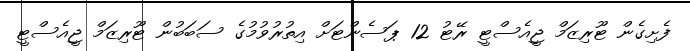
ފެށިގެން ޓޫރިޒަމް ޖީއެސްޓީ ރޭޓު 12 ޕަސެންޓަށް އިތުރުވުމުގެ ސަބަބުން ޓޫރިޒަމް ޖީއެސްޓީ